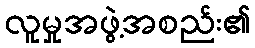
လူမှုအဖွဲ့အစည်း၏